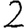
Digit: 2